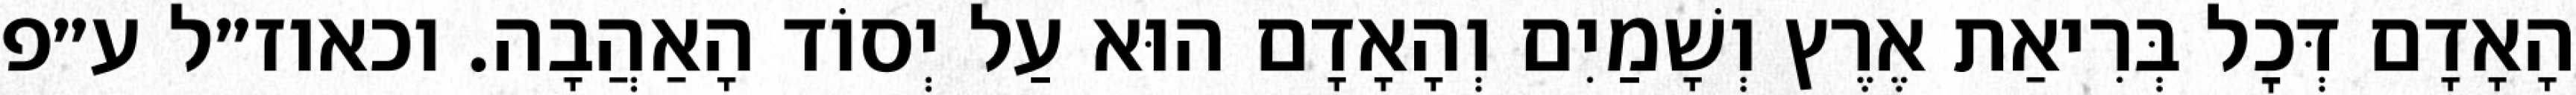
הָאָדָם דְּכׇל בְּרִיאַת אֶרֶץ וְשָׁמַיִם וְהָאָדָם הוּא עַל יְסוֹד הָאַהֲבָה. וכאוז״ל ע״פ